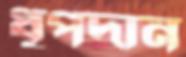
ধূপদান